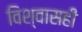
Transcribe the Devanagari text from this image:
विश्वासही